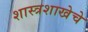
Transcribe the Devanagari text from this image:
शास्त्रशाखेचे